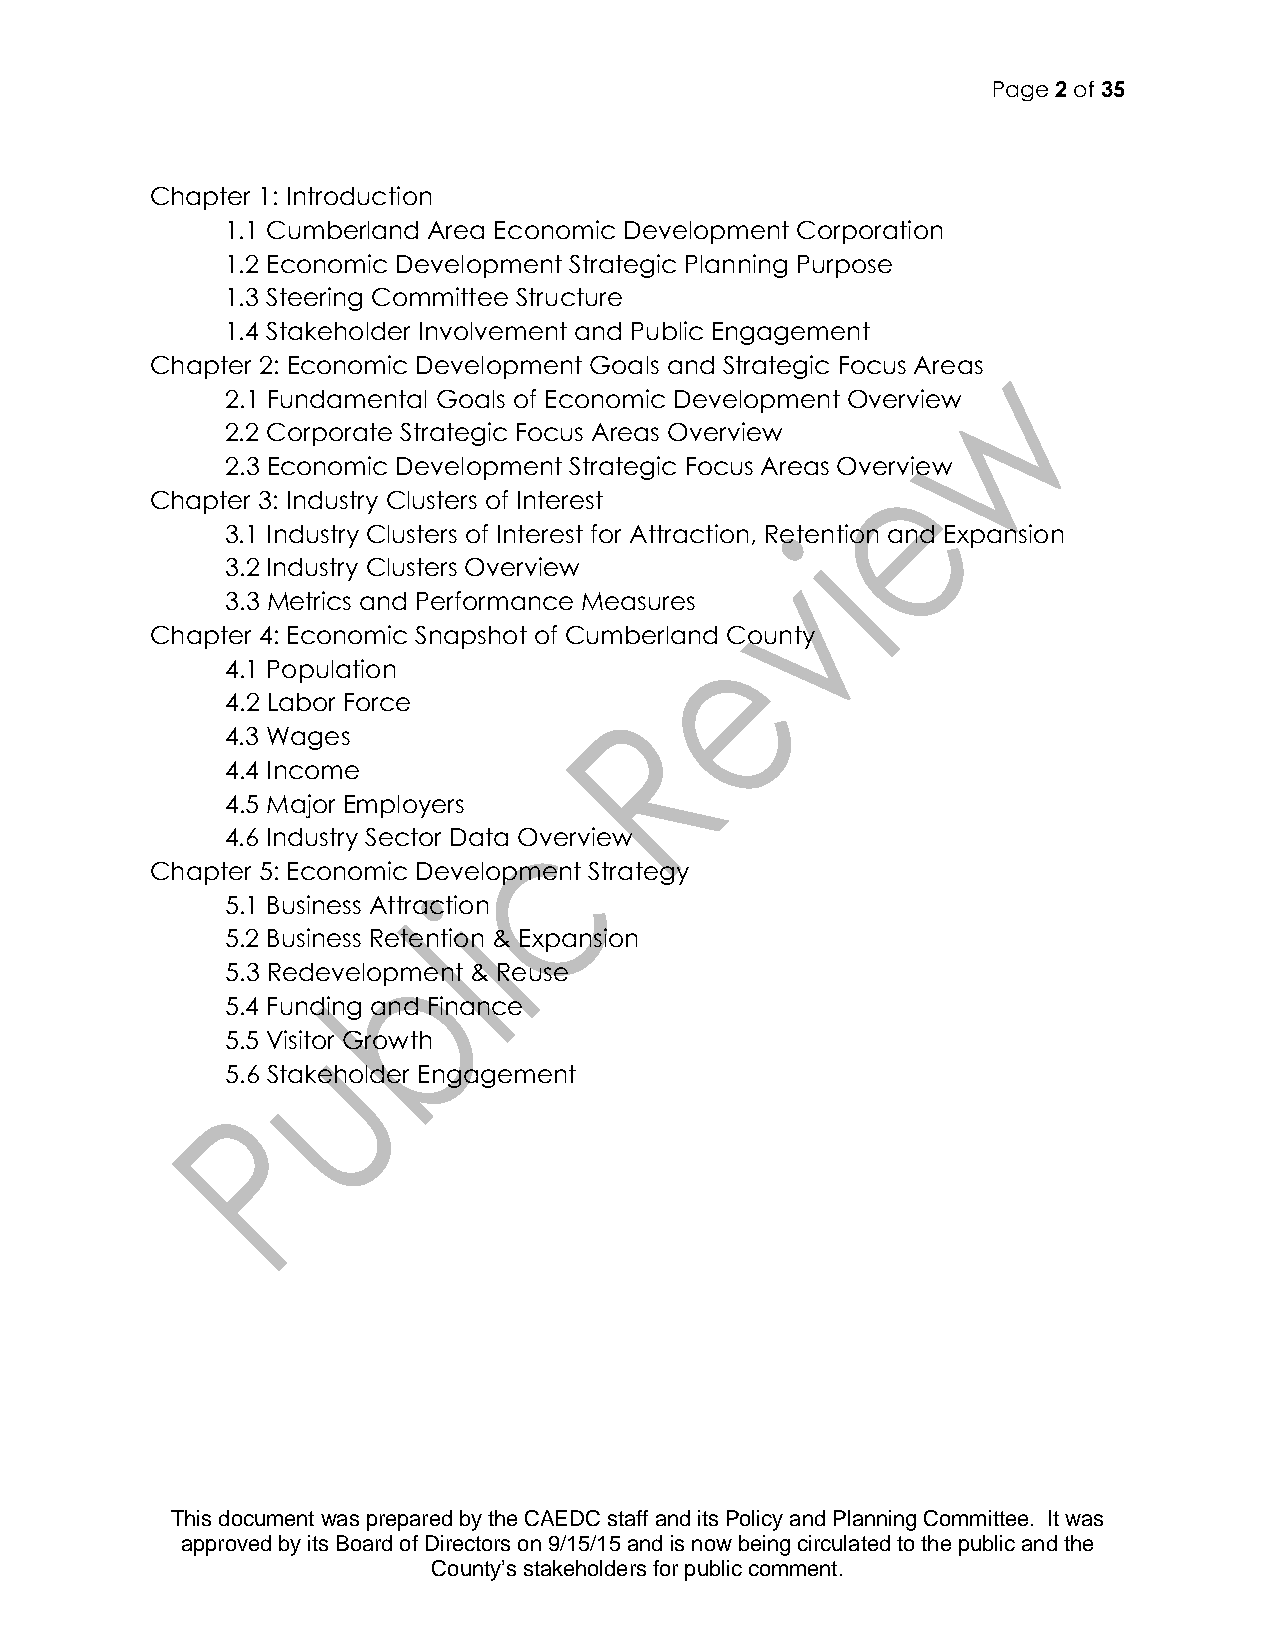
Page 2 of 35
 Chapter 1: Introduction
 1.1 Cumberland Area Economic Development Corporation
 1.2 Economic Development Strategic Planning Purpose
 1.3 Steering Committee Structure
 1.4 Stakeholder Involvement and Public Engagement
 Chapter 2: Economic Development Goals and Strategic Focus Areas
 2.1 Fundamental Goals of Economic Development Overview
 2.2 Corporate Strategic Focus Areas Overview
 2.3 Economic Development Strategic Focus Areas Overview
 Chapter 3: Industry Clusters of Interest
 3.1 Industry Clusters of Interest for Attraction, Retention and Expansion
 3.2 Industry Clusters Overview
 3.3 Metrics and Performance Measures
 Chapter 4: Economic Snapshot of Cumberland County
 4.1 Population
 4.2 Labor Force
 4.3 Wages
 4.4 Income
 4.5 Major Employers
 4.6 Industry Sector Data Overview
 Chapter 5: Economic Development Strategy
 5.1 Business Attraction
 5.2 Business Retention & Expansion
 5.3 Redevelopment & Reuse
 5.4 Funding and Finance
 5.5 Visitor Growth
 5.6 Stakeholder Engagement
 This document was prepared by the CAEDC staff and its Policy and Planning Committee. It was
 approved by its Board of Directors on 9/15/15 and is now being circulated to the public and the
 County’s stakeholders for public comment.